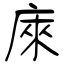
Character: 庲